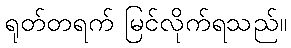
ရုတ်တရက် မြင်လိုက်ရသည်။